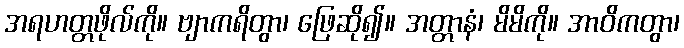
အရဟတ္တဖိုလ်ကို။ ဗျာကရိတွာ၊ ဖြေဆို၍။ အတ္တာနံ၊ မိမိကို။ အာဝိကတွာ၊